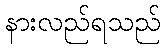
နားလည်ရသည်